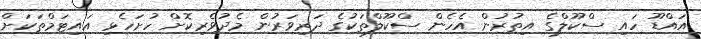
އައްޑޫ ހައި ސްކޫލްގެ އިތުރުން އެހެން ސްކޫލްތަކުގެ ދަރިވަރުން މެދުވެރިކޮށް ހުށަހެޅި އައިޓަމްތަކަށް